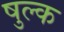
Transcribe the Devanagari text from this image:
षुल्क